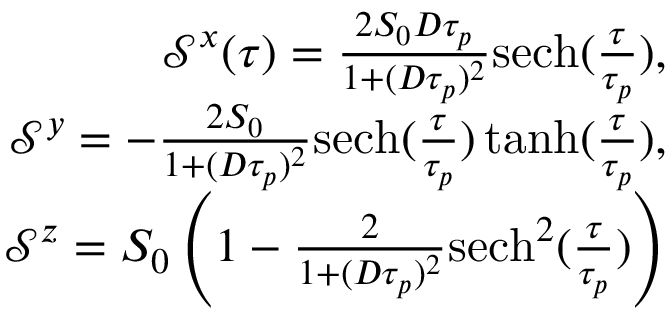
\begin{array} { r } { \mathcal { S } ^ { x } ( \tau ) = \frac { 2 S _ { 0 } D \tau _ { p } } { 1 + ( D \tau _ { p } ) ^ { 2 } } \mathrm { s e c h } ( \frac { \tau } { \tau _ { p } } ) , } \\ { \mathcal { S } ^ { y } = - \frac { 2 S _ { 0 } } { 1 + ( D \tau _ { p } ) ^ { 2 } } \mathrm { s e c h } ( \frac { \tau } { \tau _ { p } } ) \operatorname { t a n h } ( \frac { \tau } { \tau _ { p } } ) , } \\ { \mathcal { S } ^ { z } = S _ { 0 } \left( 1 - \frac { 2 } { 1 + ( D \tau _ { p } ) ^ { 2 } } \mathrm { s e c h } ^ { 2 } ( \frac { \tau } { \tau _ { p } } ) \right) } \end{array}